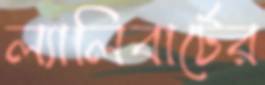
ল্যালিবার্টের